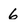
Character: 6